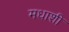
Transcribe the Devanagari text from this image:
मधाशी